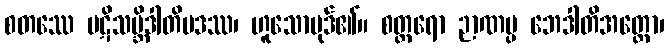
စတဿေ ပဋိသမ္ဘိဒါတိပဒဿ၊ ဟူသောပုဒ်၏။ စတ္တရော ဉာဏပ္ပ ဘေဒါတိအတ္ထော၊